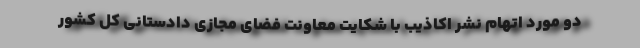
دو مورد اتهام نشر اکاذیب با شکایت معاونت فضای مجازی دادستانی کل کشور